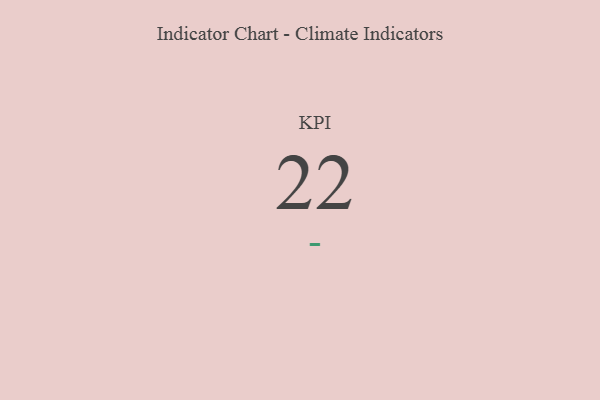
{"axis": {"x": "KPI", "y": "Value"}, "legend": [""], "data": [{"x": "KPI", "y": 22, "type": ""}]}